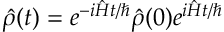
\hat { \rho } ( t ) = e ^ { - i \hat { H } t / \hbar } \hat { \rho } ( 0 ) e ^ { i \hat { H } t / \hbar }